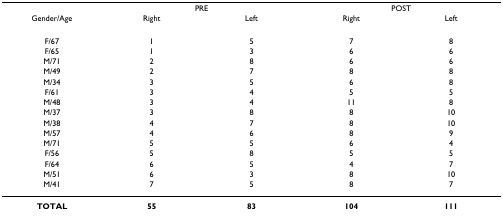
<table><thead><tr><td></td><td colspan="2"><b>PRE</b></td><td colspan="2"><b>POST</b></td></tr><tr><td><b>Gender/Age</b></td><td><b>Right</b></td><td><b>Left</b></td><td><b>Right</b></td><td><b>Left</b></td></tr></thead><tbody><tr><td>F/67</td><td>1</td><td>5</td><td>7</td><td>8</td></tr><tr><td>F/65</td><td>1</td><td>3</td><td>6</td><td>6</td></tr><tr><td>M/71</td><td>2</td><td>8</td><td>6</td><td>6</td></tr><tr><td>M/49</td><td>2</td><td>7</td><td>8</td><td>8</td></tr><tr><td>M/34</td><td>3</td><td>5</td><td>6</td><td>8</td></tr><tr><td>F/61</td><td>3</td><td>4</td><td>5</td><td>5</td></tr><tr><td>M/48</td><td>3</td><td>4</td><td>11</td><td>8</td></tr><tr><td>M/37</td><td>3</td><td>8</td><td>8</td><td>10</td></tr><tr><td>M/38</td><td>4</td><td>7</td><td>8</td><td>10</td></tr><tr><td>M/57</td><td>4</td><td>6</td><td>8</td><td>9</td></tr><tr><td>M/71</td><td>5</td><td>5</td><td>6</td><td>4</td></tr><tr><td>F/56</td><td>5</td><td>8</td><td>5</td><td>5</td></tr><tr><td>F/64</td><td>6</td><td>5</td><td>4</td><td>7</td></tr><tr><td>M/51</td><td>6</td><td>3</td><td>8</td><td>10</td></tr><tr><td>M/41</td><td>7</td><td>5</td><td>8</td><td>7</td></tr><tr><td><b>TOTAL</b></td><td><b>55</b></td><td><b>83</b></td><td><b>104</b></td><td><b>111</b></td></tr></tbody></table>